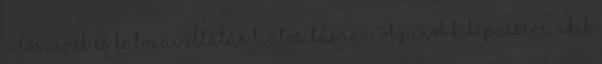
a lőszerek és katonai ellátás biztosítására, olyanok kiképzésére, akik